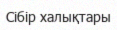
Сібір халықтары